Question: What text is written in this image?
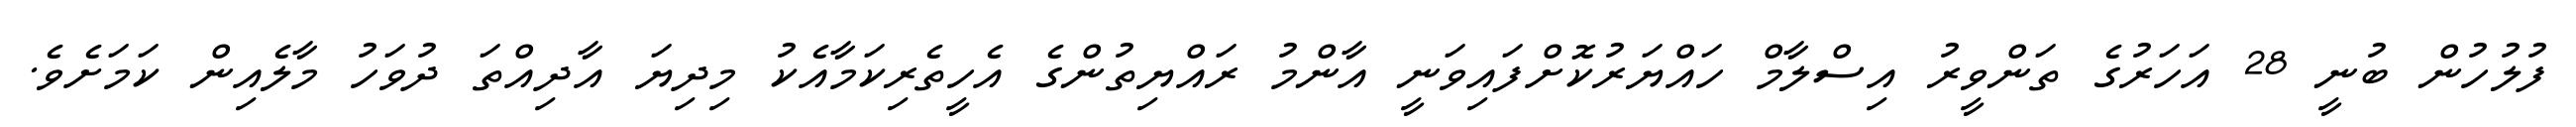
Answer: ފުލުހުން ބުނީ 28 އަހަރުގެ ތަންވީރު އިސްލާމް ހައްޔަރުކޮށްފައިވަނީ އާންމު ރައްޔިތުންގެ އެހީތެރިކަމާއެކު މިދިޔަ އާދިއްތަ ދުވަހު މާލެއިން ކަމަށެވެ.